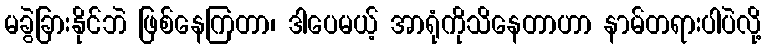
မခွဲခြားနိုင်ဘဲ ဖြစ်နေကြတာ၊ ဒါပေမယ့် အာရုံကိုသိနေတာဟာ နာမ်တရားပါပဲလို့